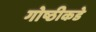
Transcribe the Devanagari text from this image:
गोष्ठीकडे